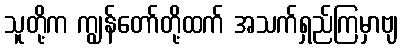
သူတို့က ကျွန်တော်တို့ထက် အသက်ရှည်ကြမှာဗျ